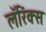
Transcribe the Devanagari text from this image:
लॅरिंक्स